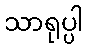
သာရုပ္ပါ